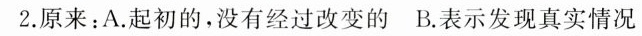
2.原来：A.起初的，没有经过改变的B.表示发现真实情况